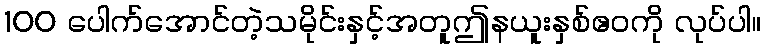
100 ပေါက်အောင်တဲ့သမိုင်းနှင့်အတူဤနယူးနှစ်ဧဝကို လုပ်ပါ။